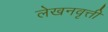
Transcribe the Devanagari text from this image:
लेखनवृत्ती